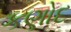
કણોદ